Report of the Bombay Veterinary College
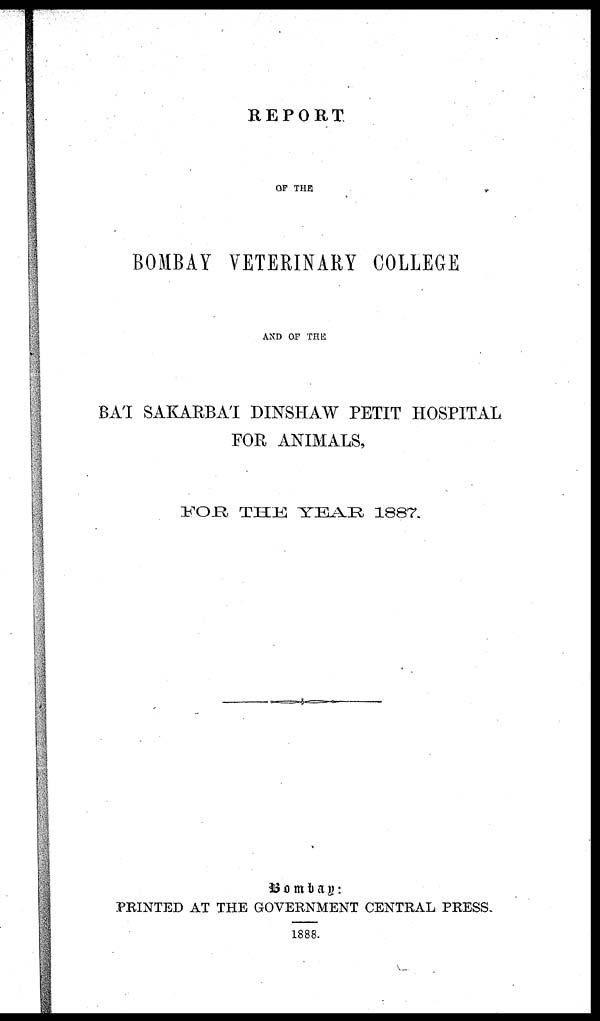
REPORT
OF THE
BOMBAY VETERINARY COLLEGE
AND OF THE
BA'I SAKARBA'I DINSHAW PETIT HOSPITAL
FOR ANIMALS,
FOR
THE YEAR 1887.
Bombay:
PRINTED AT THE GOVERNMENT CENTRAL PRESS.
1888.